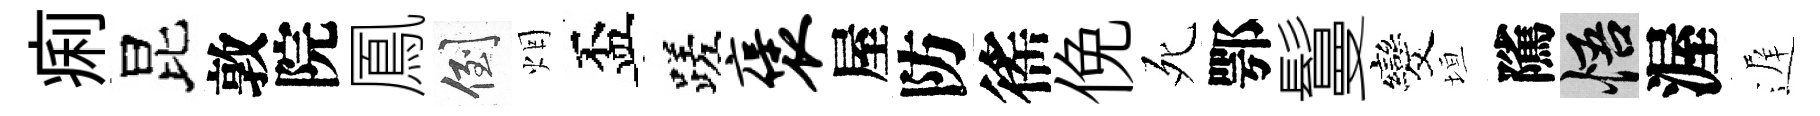
痢昆敦院鳳倒烟盃蹉褒屋防徭俛死鄂鬘发垣隲悟渥遅